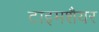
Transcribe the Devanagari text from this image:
टाइमशैयर